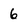
Character: 6